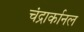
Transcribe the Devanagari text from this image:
चंद्रार्कानल